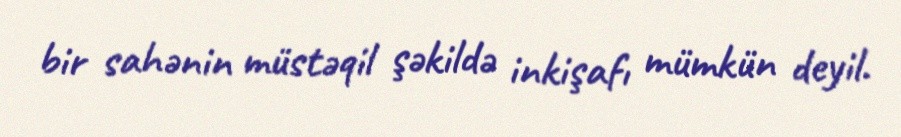
bir sahənin müstəqil şəkildə inkişafı mümkün deyil.